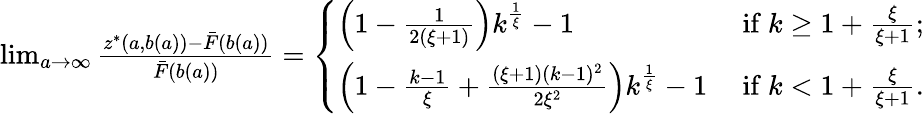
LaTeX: \begin{array}{r}{\operatorname*{lim}_{a\rightarrow\infty}\frac{z^{*}(a,b(a))-\bar{F}(b(a))}{\bar{F}(b(a))}=\left\{ \begin{array}{ll}{\left(1-\frac{1}{2(\xi+1)}\right)k^{\frac{1}{\xi}}-1}&{\mathrm{~if~}k\geq 1+\frac{\xi}{\xi+1};}\\ {\left(1-\frac{k-1}{\xi}+\frac{(\xi+1)(k-1)^{2}}{2\xi^{2}}\right)k^{\frac{1}{\xi}}-1}&{\mathrm{~if~}k<1+\frac{\xi}{\xi+1}.}\end{array}\right.}\end{array}